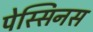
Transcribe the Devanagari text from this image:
पेस्सिनस